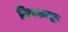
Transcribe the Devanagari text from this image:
मिथकातून